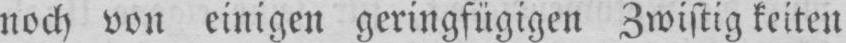
noch von einigen geringfügigen Zwistig keiten